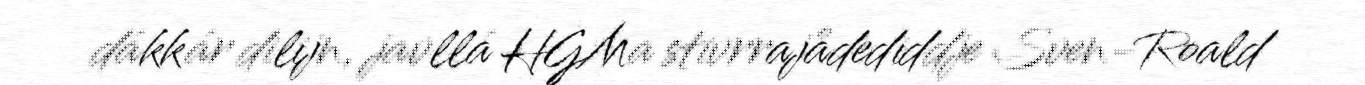
dákkár dilijn, javllá HGMa stivrrajådediddje Sven-Roald